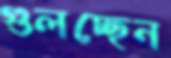
গুলচ্ছেন